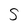
Character: S